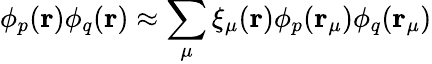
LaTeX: \phi_{p}(\mathbf{r})\phi_{q}(\mathbf{r})\approx\sum_{\mu}\xi_{\mu}(\mathbf{r})\phi_{p}(\mathbf{r}_{\mu})\phi_{q}(\mathbf{r}_{\mu})